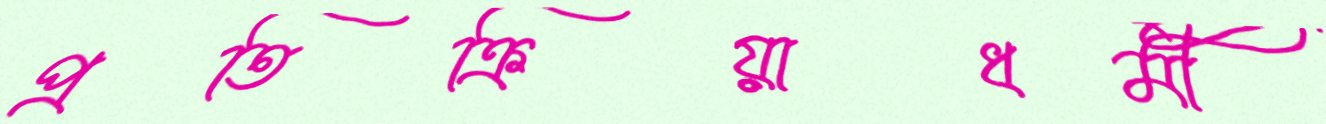
প্রতিক্রিয়াধর্মী